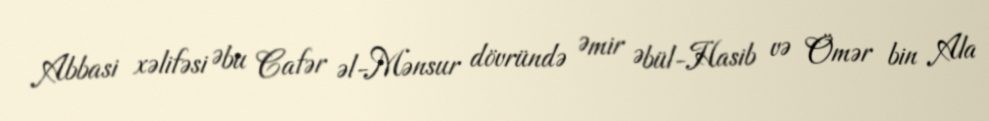
Abbasi xəlifəsi Əbu Cafər əl-Mənsur dövründə Əmir Əbül-Hasib və Ömər bin Ala